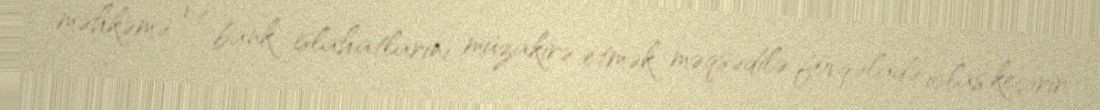
məhkəmə və bank islahatlarını müzakirə etmək məqsədilə fövqəladə iclas keçirir.